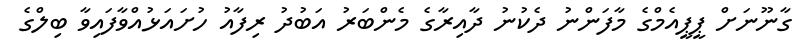
ގާނޫނަށް ޕީޕީއެމްގެ މާފަންނު ދެކުނު ދާއިރާގެ މެންބަރު އަބުދު ރިފާއު ހުށައަޅުއްވާފައިވާ ބިލްގެ